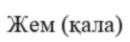
Жем (қала)